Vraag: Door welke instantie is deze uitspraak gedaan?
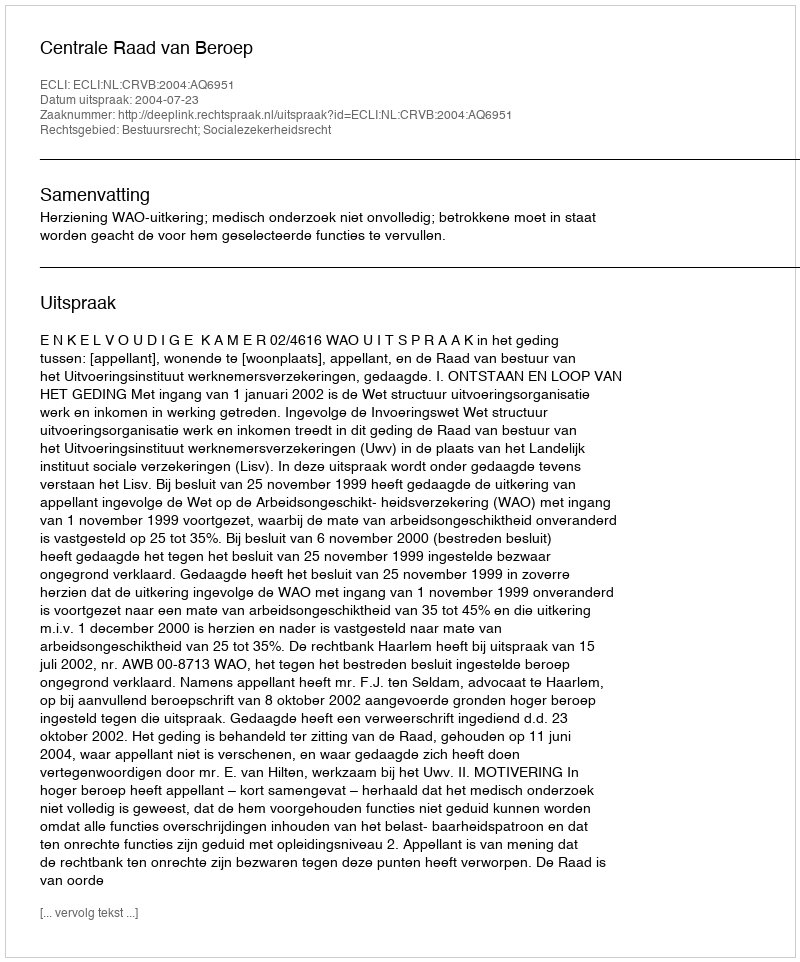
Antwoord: Centrale Raad van Beroep